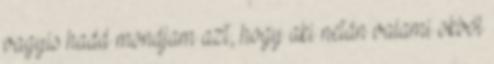
vagyis hadd mondjam azt, hogy aki netán valami okból